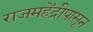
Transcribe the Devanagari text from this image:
राजमहेंद्रीपासून